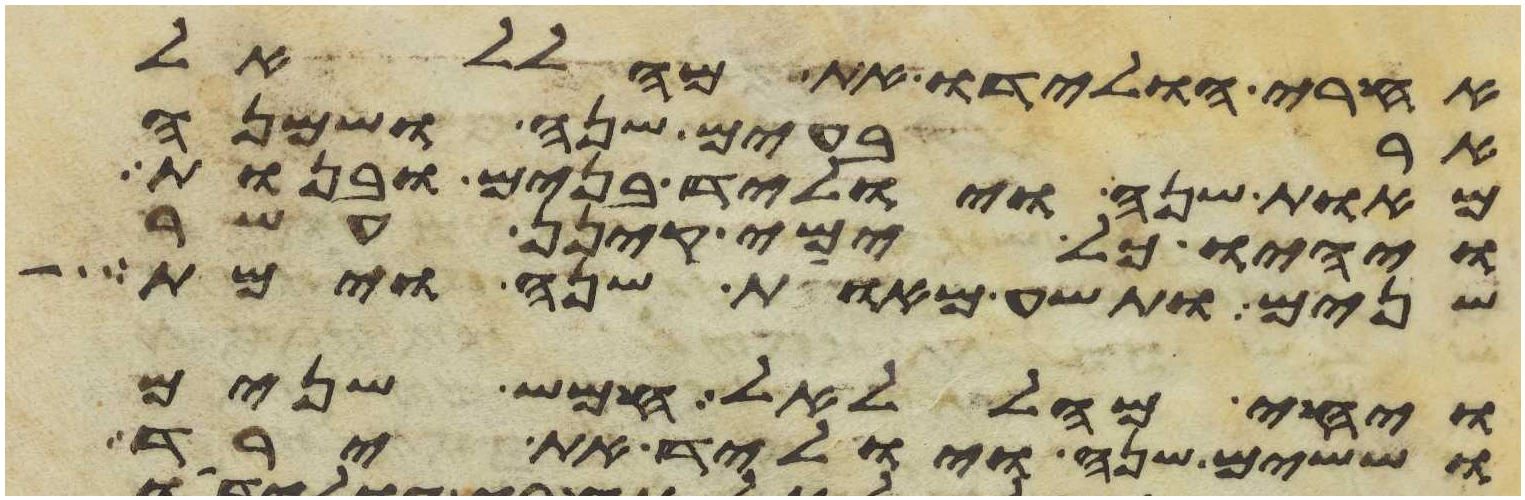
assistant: אחרי הולידו את מהללאל
ארבעים שנה ושמנה
מאות שנה ויוליד בנים ובנות
ויהיו כל ימי קינן עשר
שנים ותשע מאות שנה וימת
ויחי מהללאל חמש שנים
וששים שנה ויוליד את ירד